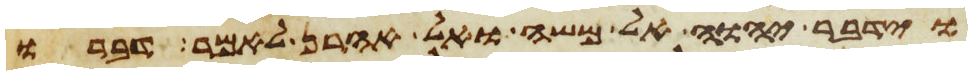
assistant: וידבר יהוה אל משה ואל אהרן לאמר דברו